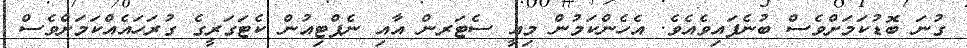
ގުނަ ބޮޑުކަމަށްވެސް ބުނެފައިވެއެވެ. އެހެންކަމުން މިއީ ސެޓަރން އާއި ނެޕްޓިއުން ކެޓަގަރީގެ ގުރަހައެއްކަމަށްވެސް